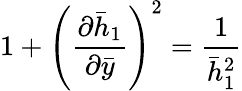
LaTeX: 1+\left(\frac{\partial\bar{h}_{1}}{\partial\bar{y}}\right)^{2}=\frac{1}{\bar{h}_{1}^{2}}